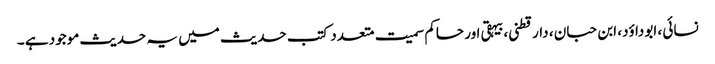
نسائی ، ابوداؤد، ابن حبان ، دارقطنی،بیہقی اور حاکم سمیت متعدد کتب حدیث میں یہ حدیث موجود ہے ۔